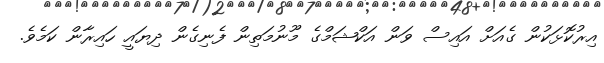
އިރުކޮޅަކުން ގެއަށް އައިސް ވަން އަކްޝަމްގެ މޫނުމަތިން ފެނިގެން ދިޔައީ ހައިރާން ކަމެވެ.